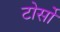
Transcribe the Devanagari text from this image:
टोर्सो